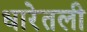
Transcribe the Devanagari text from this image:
धारेतली